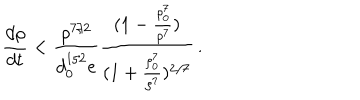
\frac { d \rho } { d t } < \frac { \rho ^ { 7 / 2 } } { d _ { 0 } ^ { 1 / 2 } e } \frac { ( 1 - \frac { \rho _ { 0 } ^ { 7 } } { \rho ^ { 7 } } ) } { ( 1 + \frac { \rho _ { 0 } ^ { 7 } } { \rho ^ { 7 } } ) ^ { 2 / 7 } } \, .